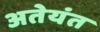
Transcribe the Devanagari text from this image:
अतेयंत